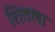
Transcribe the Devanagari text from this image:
शितला